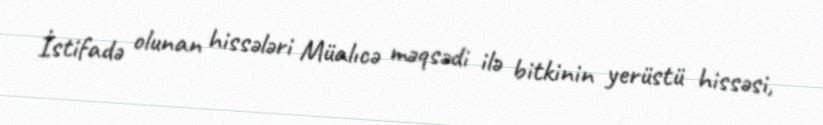
İstifadə olunan hissələri Müalıcə məqsədi ilə bitkinin yerüstü hissəsi,